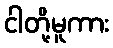
ငါတို့မူကား